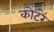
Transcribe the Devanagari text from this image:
कोटरें